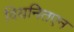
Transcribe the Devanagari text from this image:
वियनितएन